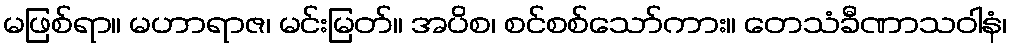
မဖြစ်ရာ။ မဟာရာဇ၊ မင်းမြတ်။ အပိစ၊ စင်စစ်သော်ကား။ တေသံခီဏာသဝါနံ၊